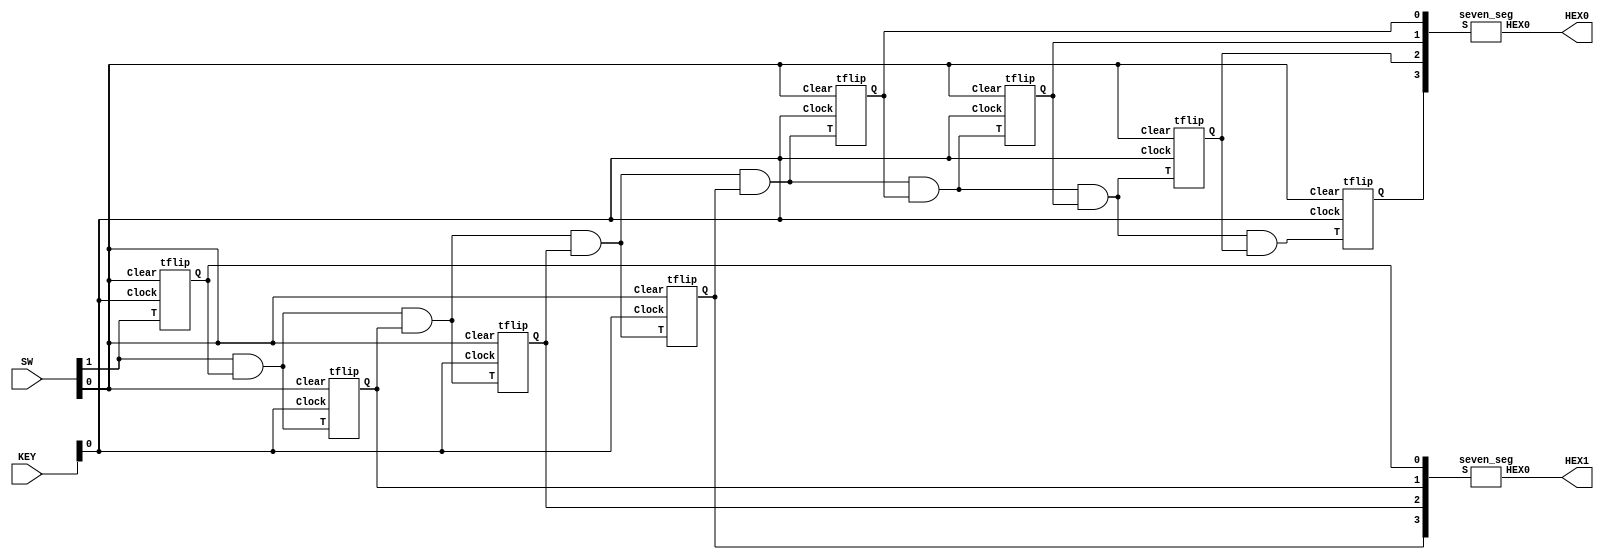
`timescale 1ns / 1ns
module eightbit(SW, KEY, HEX0, HEX1);
	input [1:0] SW;
	input [1:0] KEY;
	output [6:0] HEX0, HEX1;

	wire q0out, q1out,q2out,q3out,q4out,q5out,q6out,q7out;
	wire q1in, q2in, q3in, q4in, q5in, q6in, q7in;
	wire [3:0] first, second;
	
	tflip t0(SW[1], q0out, KEY[0], SW[0]);
	assign q1in = SW[1] & q0out;
	
	tflip t1(q1in, q1out, KEY[0], SW[0]);
	assign q2in = q1in & q1out;
	
	tflip t2(q2in, q2out, KEY[0], SW[0]);
	assign q3in = q2in & q2out;
	
	tflip t3(q3in, q3out, KEY[0], SW[0]);
	assign q4in = q3in & q3out;
	
	tflip t4(q4in, q4out, KEY[0], SW[0]);
	assign q5in = q4in & q4out;
	
	tflip t5(q5in, q5out, KEY[0], SW[0]);
	assign q6in = q5in & q5out;
	
	tflip t6(q6in, q6out, KEY[0], SW[0]);
	assign q7in = q6in & q6out;
	
	tflip t7(q7in, q7out, KEY[0], SW[0]);
	
	assign first = {{{q7out, q6out}, q5out}, q4out};
	assign second = {{{q3out, q2out}, q1out}, q0out};
	seven_seg s0(first, HEX0);
	seven_seg s1(second, HEX1);
endmodule

module tflip(T,Q,Clock,Clear);
	input T;
	output Q;
	input Clock;
	input Clear;
	
	reg Q;
	
	always @(posedge Clock, negedge Clear)
		begin
			if (Clear == 1'b0)
				Q <= 1'b0;
			else
				if (T == 1'b1)
					Q <= ~Q;
				else
					Q <= Q;
		end
endmodule

module seven_seg(S,HEX0); // FROM LAB2
	input [3:0]S;
	output [6:0]HEX0;
	
	assign HEX0[0] = (~S[3]&~S[2]&~S[1]&S[0])|(~S[3]&S[2]&~S[1]&~S[0])|(S[3]&S[2]&~S[1]&S[0])|(S[3]&~S[2]&S[1]&S[0]);
	assign HEX0[1] = (S[3]&S[2]&~S[0])|(~S[3]&S[2]&~S[1]&S[0])|(S[3]&S[1]&S[0])|(S[2]&S[1]&~S[0]);
	assign HEX0[2] = (~S[3]&~S[2]&S[1]&~S[0])|(S[3]&S[2]&S[1])|(S[3]&S[2]&~S[0]);
	assign HEX0[3] = (~S[3]&~S[2]&~S[1]&S[0])|(~S[3]&S[2]&~S[1]&~S[0])|(S[3]&~S[2]&S[1]&~S[0])|(S[2]&S[1]&S[0]);
	assign HEX0[4] = (~S[3]&S[0])|(~S[3]&S[2]&~S[1])|(~S[2]&~S[1]&S[0]);
	assign HEX0[5] = (~S[3]&~S[2]&S[0])|(~S[3]&~S[2]&S[1])|(~S[3]&S[1]&S[0])|(S[3]&S[2]&~S[1]&S[0]);
	assign HEX0[6] = (~S[3]&~S[2]&~S[1])|(~S[3]&S[2]&S[1]&S[0])|(S[3]&S[2]&~S[1]&~S[0]);
endmodule